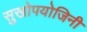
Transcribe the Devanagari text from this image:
सुखोपयोजिनी